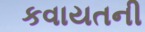
કવાયતની